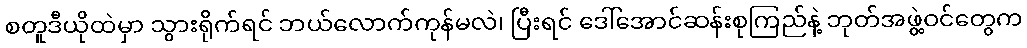
စတူဒီယိုထဲမှာ သွားရိုက်ရင် ဘယ်လောက်ကုန်မလဲ၊ ပြီးရင် ဒေါ်အောင်ဆန်းစုကြည်နဲ့ ဘုတ်အဖွဲ့ဝင်တွေက